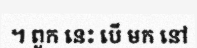
។ ពួក នេះ បើ មក នៅ